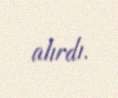
alırdı.